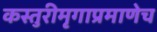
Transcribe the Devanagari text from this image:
कस्तुरीमृगाप्रमाणेच